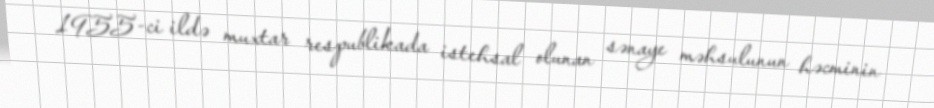
1955-ci ildə muxtar respublikada istehsal olunan sənaye məhsulunun həcminin